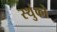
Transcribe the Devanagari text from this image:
स्थुंको